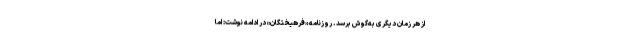
از هر زمان دیگری به‌گوش برسد. روزنامه «فرهیختگان» در ادامه نوشت: اما